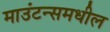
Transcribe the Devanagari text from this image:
माउंटन्समधील